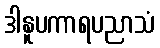
ဒါနူပကာရပညာသံ